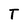
Character: T